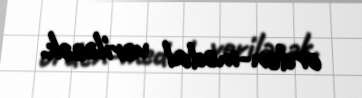
orden-medal veriləcək.